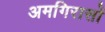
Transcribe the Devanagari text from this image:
अमगिरासों